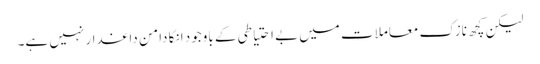
لیکن کچھ نازک معاملات میں بے احتیاطی کے باوجود انکا دامن داغدار نہیں ہے۔